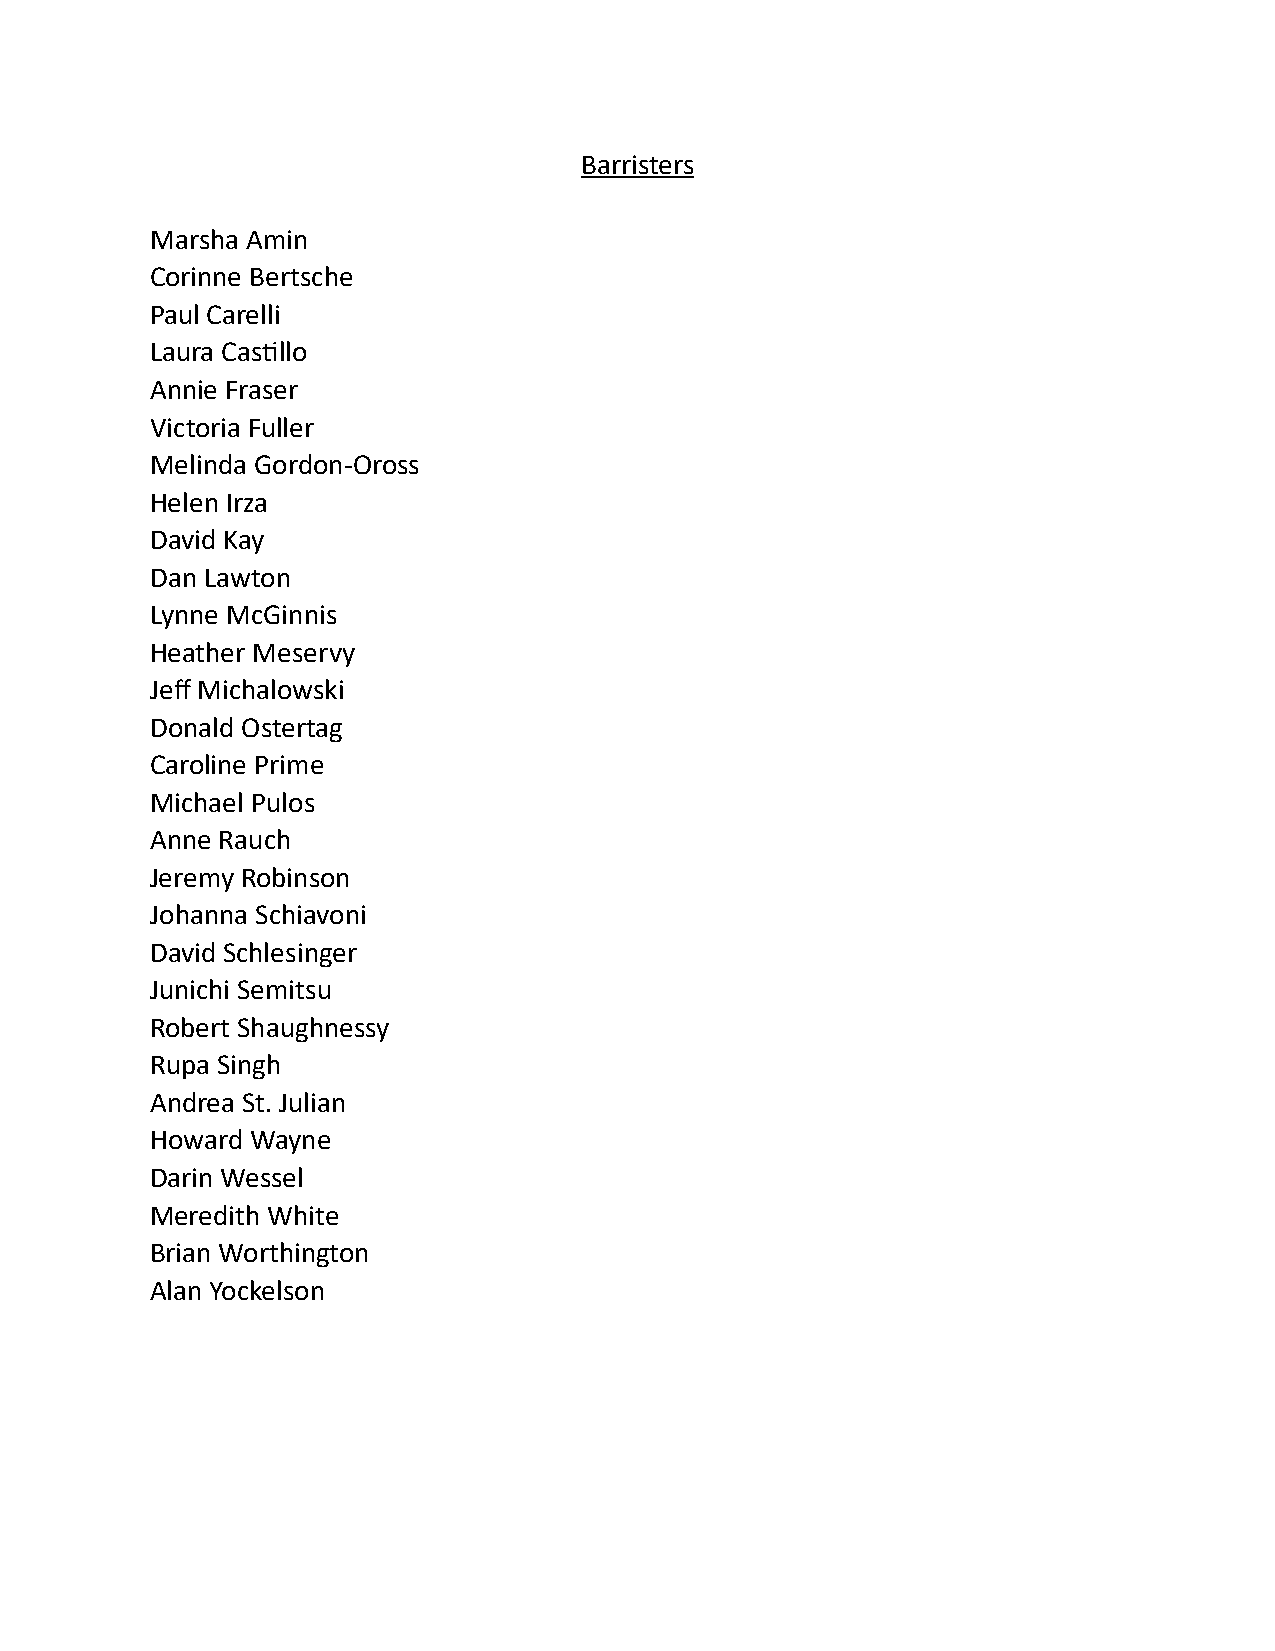
Barristers
 Marsha Amin
 Corinne Bertsche
 Paul Carelli
 Laura Cas;llo
 Annie Fraser
 Victoria Fuller
 Melinda Gordon-Oross
 Helen Irza
 David Kay
 Dan Lawton
 Lynne McGinnis
 Heather Meservy
 Jeff Michalowski
 Donald Ostertag
 Caroline Prime
 Michael Pulos
 Anne Rauch
 Jeremy Robinson
 Johanna Schiavoni
 David Schlesinger
 Junichi Semitsu
 Robert Shaughnessy
 Rupa Singh
 Andrea St. Julian
 Howard Wayne
 Darin Wessel
 Meredith White
 Brian Worthington
 Alan Yockelson